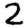
Digit: 2